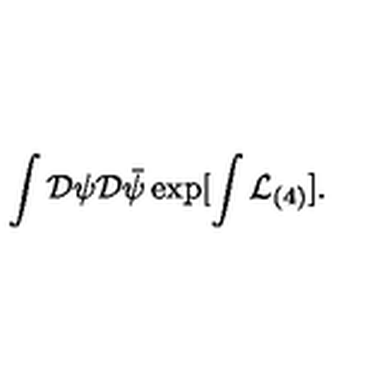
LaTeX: \int { \cal D } \psi { \cal D } \bar { \psi } \exp [ \int { \cal L } _ { ( 4 ) } ] .